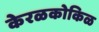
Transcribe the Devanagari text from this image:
केरळकोकिळ